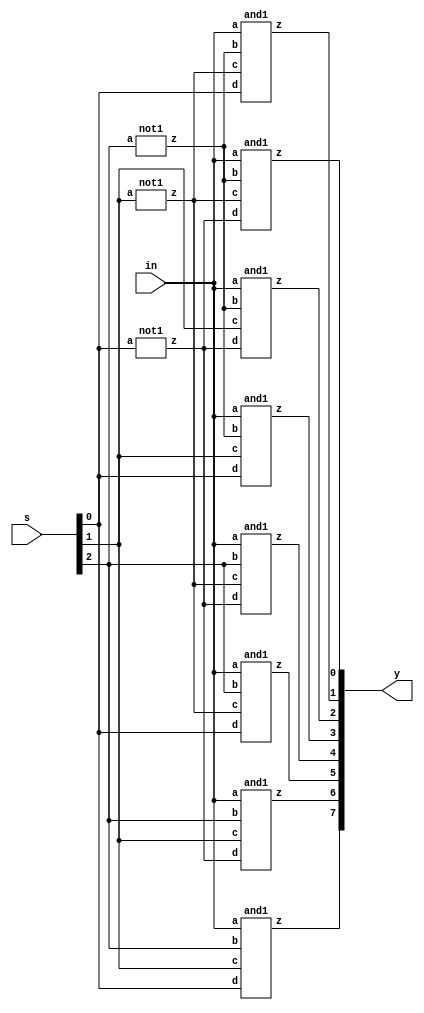
`timescale 1ns / 1ps
//////////////////////////////////////////////////////////////////////////////////
// Company: 
// Engineer: 
// 
// Design Name: 
// Module Name:    demux8_1_st 
// Project Name: 
// Target Devices: 
// Tool versions: 
// Description: 
//
// Dependencies: 
//
// Revision: 
// Revision 0.01 - File Created
// Additional Comments: 
//
//////////////////////////////////////////////////////////////////////////////////
module demux8_1_st(
    input [2:0] s,
    input in,
    output [7:0] y
    );
	 wire p,q,r;
	 
not1 n1(s[2],p),n2(s[1],q),n3(s[0],r);
and1 a1(in,p,q,r,y[0]);
and1 a2(in,p,q,s[0],y[1]);
and1 a3(in,p,s[1],r,y[2]);
and1 a4(in,p,s[1],s[0],y[3]);
and1 a5(in,s[2],q,r,y[4]);
and1 a6(in,s[2],q,s[0],y[5]);
and1 a7(in,s[2],s[1],r,y[6]);
and1 a8(in,s[2],s[1],s[0],y[7]);

endmodule

module not1(input a,output z);
assign z=~a;
endmodule

module and1(input a,b,c,d,output z);
assign z=a&b&c&d;
endmodule